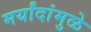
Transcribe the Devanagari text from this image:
मर्यांदांमुळे